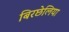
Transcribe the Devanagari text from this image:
बिरछेलिया